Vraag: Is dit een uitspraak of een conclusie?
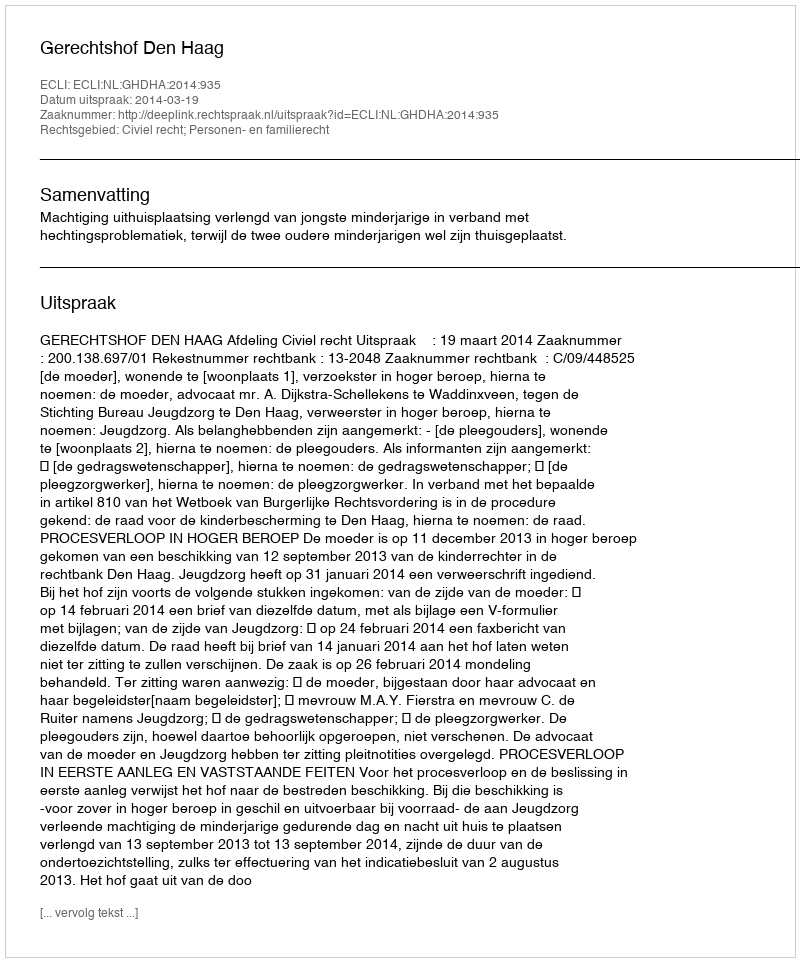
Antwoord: Uitspraak